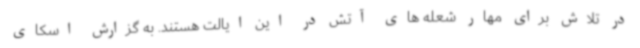
در تلاش برای مهار شعله های آتش در این ایالت هستند. به گزارش اسکای